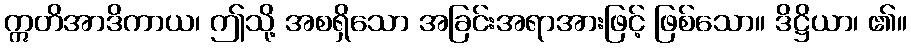
ဣတိအာဒိကာယ၊ ဤသို့ အစရှိသော အခြင်းအရာအားဖြင့် ဖြစ်သော။ ဒိဋ္ဌိယာ၊ ၏။